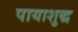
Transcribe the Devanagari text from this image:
पायाशुद्ध